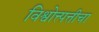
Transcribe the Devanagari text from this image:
विश्वोत्त्पत्तीचा